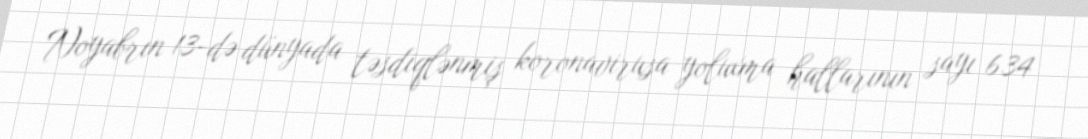
Noyabrın 13-də dünyada təsdiqlənmiş koronavirusa yoluxma hallarının sayı 634